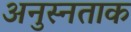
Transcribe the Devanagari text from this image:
अनुस्नताक